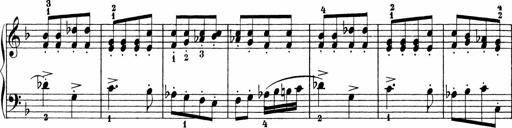
Title: Sonatinen Op.47, 98 und 136, nebst 6 Liedersonatinen
Composer: Carl Reinecke